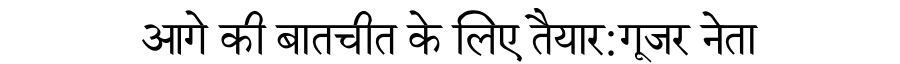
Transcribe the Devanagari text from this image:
आगे की बातचीत के लिए तैयार:गूजर नेता